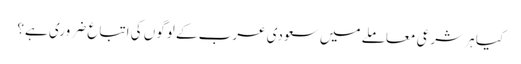
کیا ہر شرعی معاملے میں سعودی عرب کے لوگوں کی اتباع ضروری ہے؟